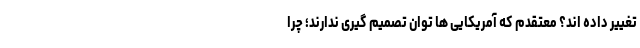
تغییر داده اند؟ معتقدم که آمریکایی ها توان تصمیم گیری ندارند؛ چرا